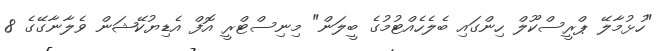
"ހުޅުމާލޭ ޕްރީސްކޫލް ހިންގައި ބެލެހެއްޓުމުގެ ބީލަން" މިނިސްޓްރީ އޮފް އެޑިޔުކޭޝަން ވެލާނާގޭގެ 8